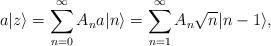
LaTeX: \begin{align*}a|z\rangle=\sum_{n=0}^{\infty}A_{n}a|n\rangle=\sum_{n=1}^{\infty}A_{n}\sqrt{n}|n-1\rangle,\end{align*}